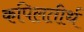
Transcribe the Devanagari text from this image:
कपिलतीर्थ